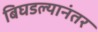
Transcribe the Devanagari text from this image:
बिघडल्यानंतर